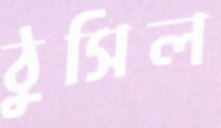
ঠুসিল